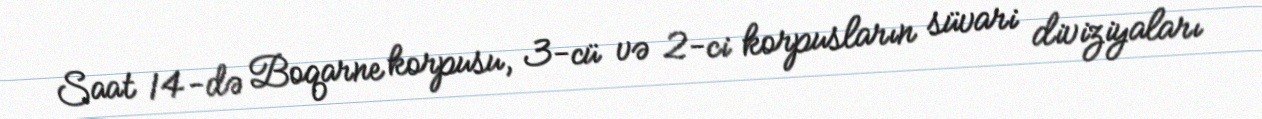
Saat 14-də Boqarne korpusu, 3-cü və 2-ci korpusların süvari diviziyaları